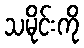
သမိုင်းကို